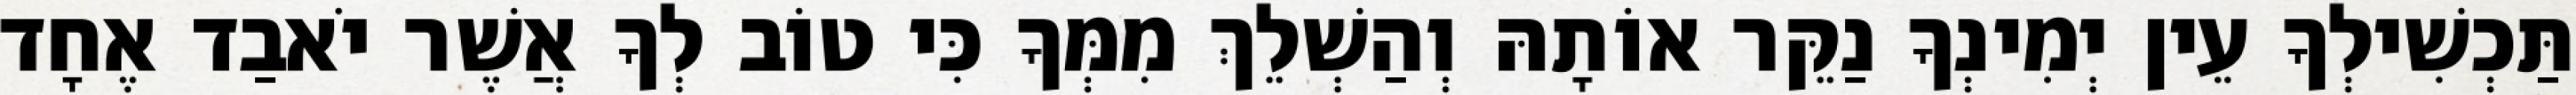
תַּכְשִׁילְךָ עֵין יְמִינְךָ נַקֵּר אוֹתָהּ וְהַשְׁלֵךְ מִמְּךָ כִּי טוֹב לְךָ אֲשֶׁר יֹאבַד אֶחָד